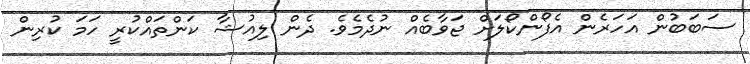
ސަބަބުން އަހަރެން އެފޯންކޯލަށް ޖަވާބެއް ނުދެމެވެ. ދެން ލިއުޝާ ކަންތައްކުރީ ހަމަ ކުރިން